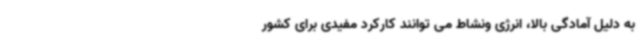
به دلیل آمادگی بالا، انرژی ونشاط می توانند کارکرد مفیدی برای کشور